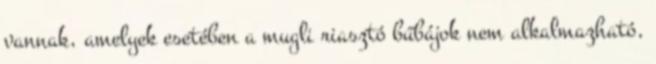
vannak, amelyek esetében a mugli riasztó bűbájok nem alkalmazható,